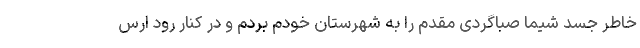
خاطر جسد شیما صباگردی مقدم را به شهرستان خودم بردم و در کنار رود ارس